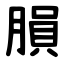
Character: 䐣